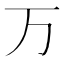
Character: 万